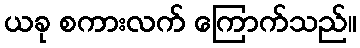
ယခု စကားလက် ကြောက်သည်။